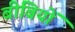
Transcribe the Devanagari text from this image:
बीबियों